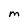
Character: M